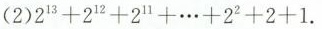
(2) $$2 ^ { 1 3 } + 2 ^ { 1 2 } + 2 ^ { 1 1 } + \cdots